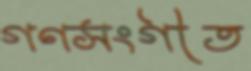
গণসংগীত